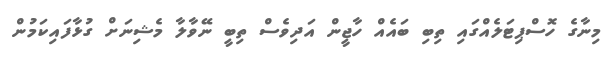
މިނާގެ ހޮސްޕިޓަލެއްގައި ތިބި ބައެއް ހާޖީން އަދިވެސް ތިބީ ނޭވާލާ މެޝިނަށް ގުޅާފައިކަމުން